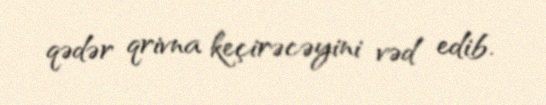
qədər qrivna keçirəcəyini vəd edib.